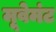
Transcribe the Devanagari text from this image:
मूवेमंट